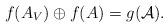
LaTeX: \begin{align*}f(A_{V})\oplus f(A)=g(\mathcal{A}).\end{align*}